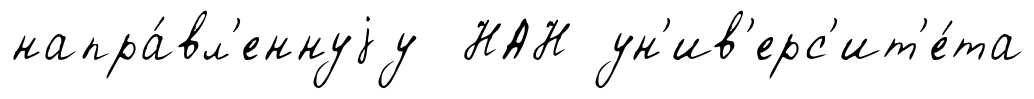
напра́вл'еннуjу НАН ун'ив'ерс'ит'е́та